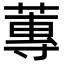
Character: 蓴